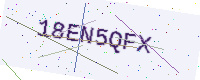
Text: 18EN5QFX